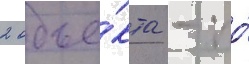
2 объе́кта - по́